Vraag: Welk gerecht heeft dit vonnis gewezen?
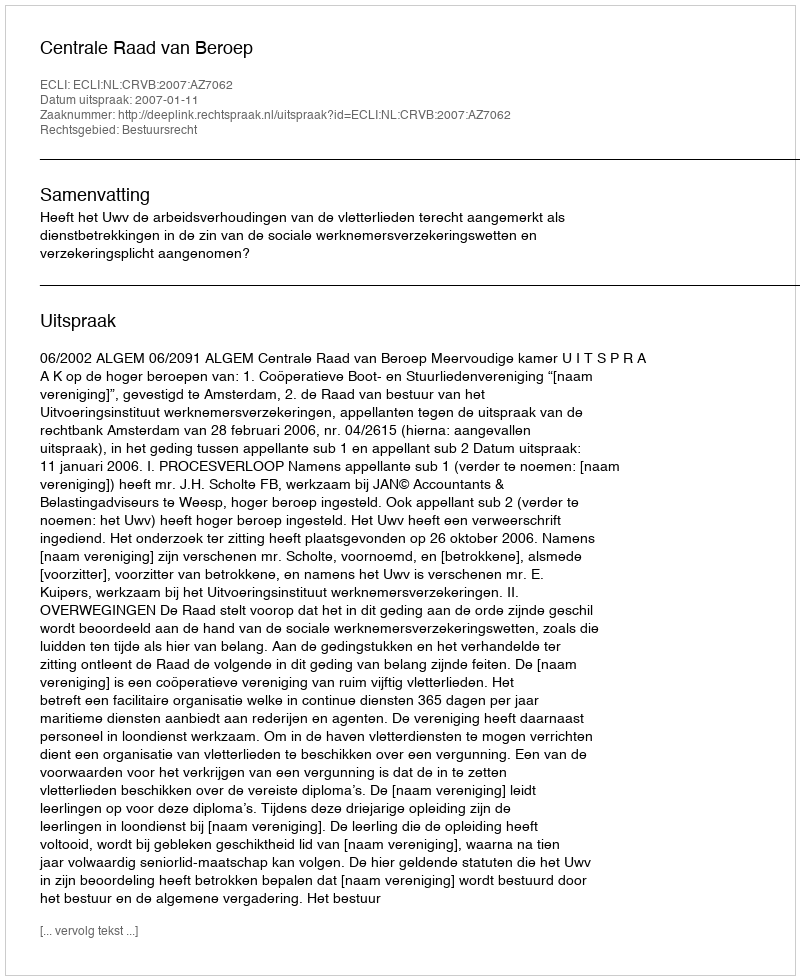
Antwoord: Centrale Raad van Beroep